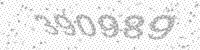
Solution: 390989